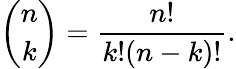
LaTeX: {\binom{n}{k}}={\frac{n!}{k!(n-k)!}}.